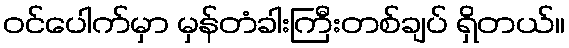
ဝင်ပေါက်မှာ မှန်တံခါးကြီးတစ်ချပ် ရှိတယ်။